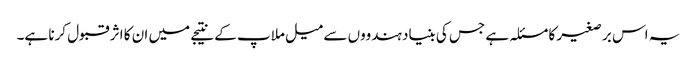
یہ اس بر صغیر کا مسئلہ ہے جس کی بنیاد ہندووں سے میل ملاپ کے نتیجے میں ان کا اثر قبول کرنا ہے۔